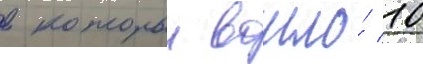
в которыи вошло́ 10